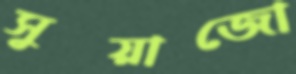
সুয়াজো